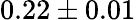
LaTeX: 0.22\pm 0.01